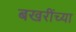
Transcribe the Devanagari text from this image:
बखरींच्या